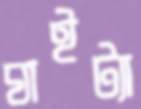
ঘাইট্যা